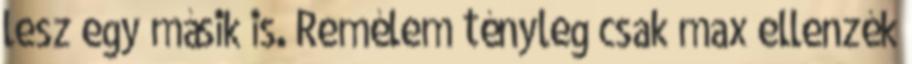
lesz egy másik is. Remélem tényleg csak max ellenzék